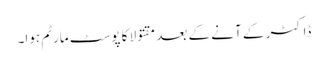
ڈاکٹر کے آنے کے بعد مقتولا کا پوسٹ مارٹم ہوا۔